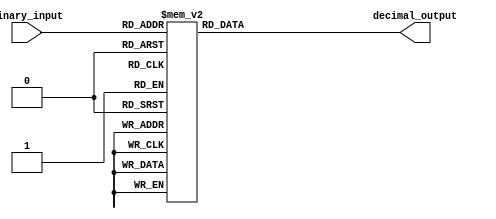
module decimal_decoder(
    input [3:0] binary_input,
    output reg [9:0] decimal_output
);

always @(*) begin
    case(binary_input)
        4'b0000: decimal_output = 10'b0000000001;
        4'b0001: decimal_output = 10'b0000000010;
        4'b0010: decimal_output = 10'b0000000100;
        4'b0011: decimal_output = 10'b0000001000;
        4'b0100: decimal_output = 10'b0000010000;
        4'b0101: decimal_output = 10'b0000100000;
        4'b0110: decimal_output = 10'b0001000000;
        4'b0111: decimal_output = 10'b0010000000;
        4'b1000: decimal_output = 10'b0100000000;
        4'b1001: decimal_output = 10'b1000000000;
        default: decimal_output = 10'b0000000000;
    endcase
end

endmodule